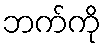
ဘက်ကို